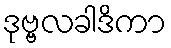
ဒုဗ္ဗလခါဒိကာ